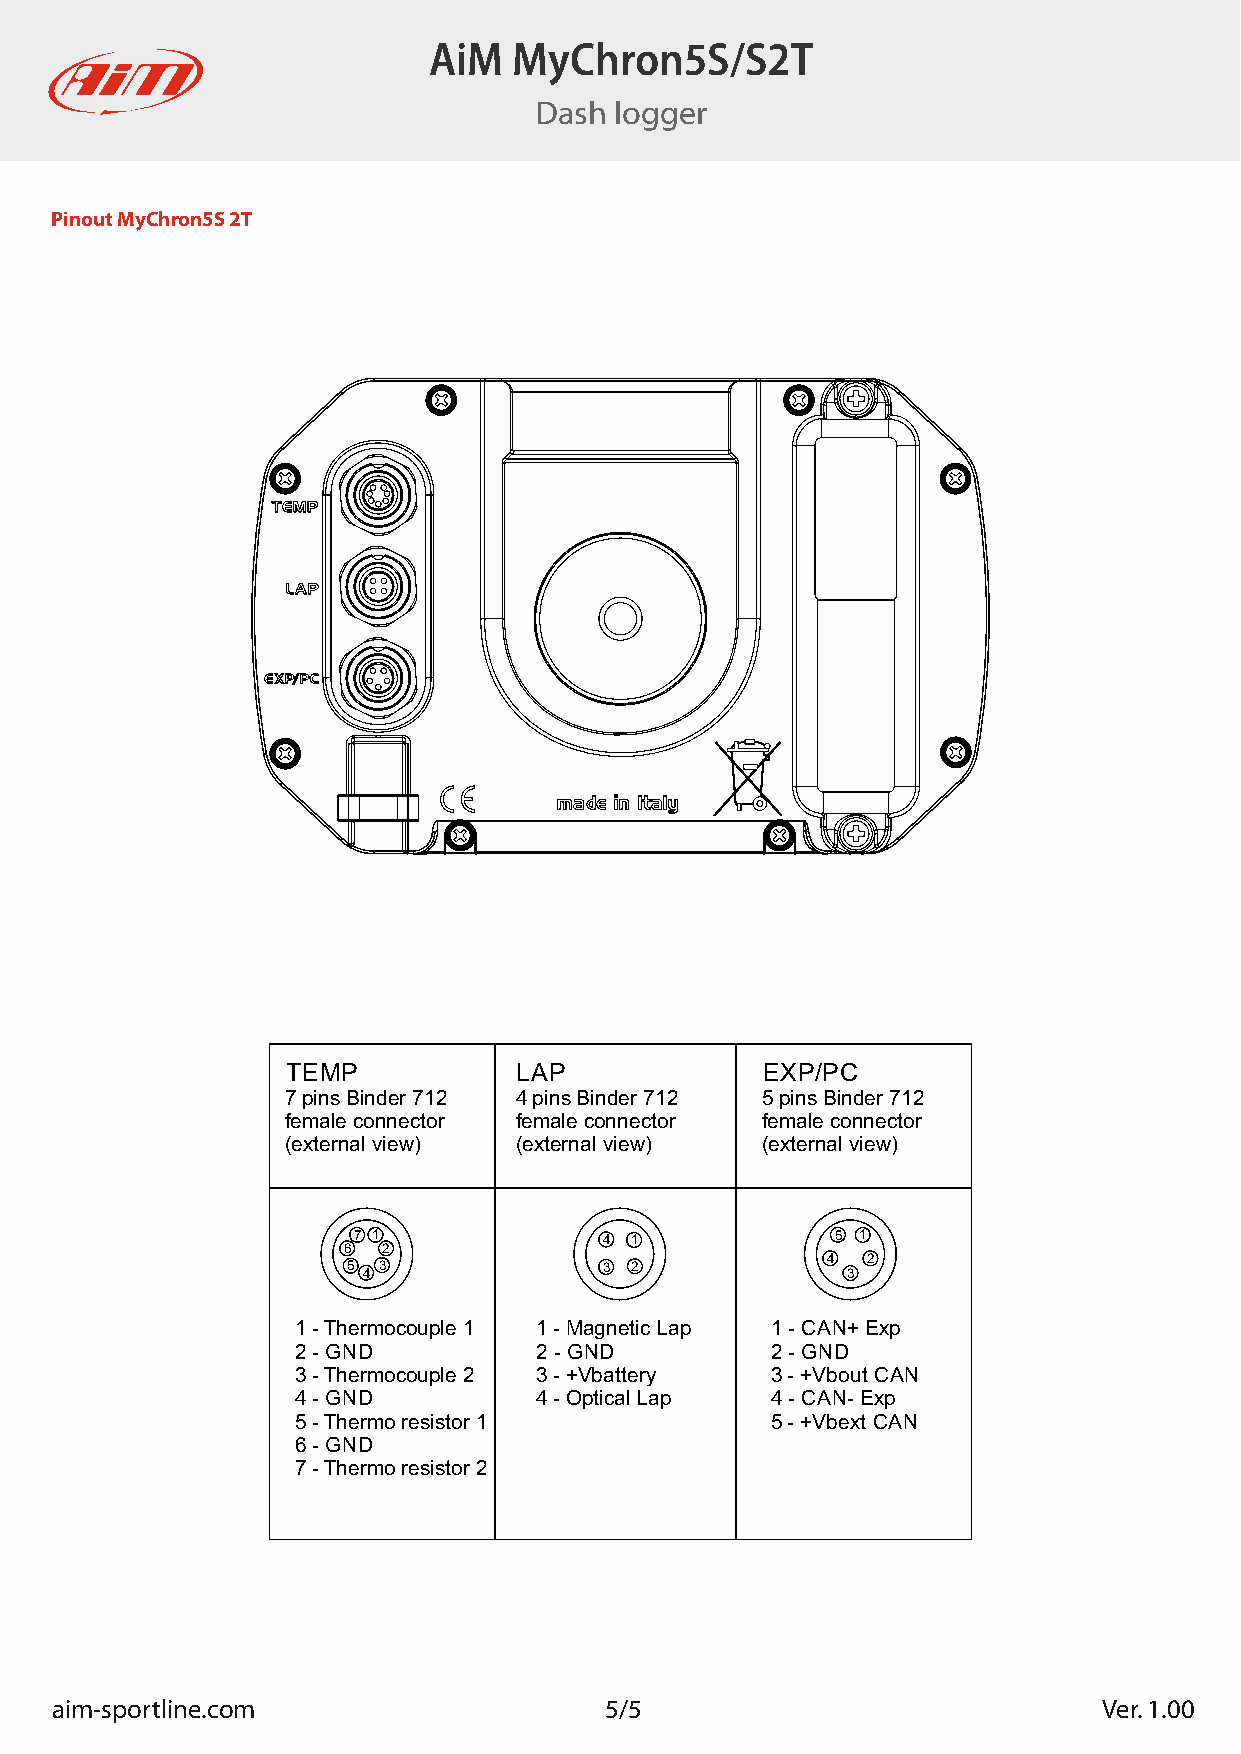
AiM   MyChron5S/S2T
 Dash  logger
 Pinout MyChron5S 2T
 TEMP           LAP             EXP/PC
 7 pins Binder 712 4 pins Binder 712 5 pins Binder 712
 female connector female connector female connector
 (external view) (external view) (external view)
 7 1              4 1            5 1
 6 2
 4 2
 5 4 3            3 2             3
 1 - Thermocouple 1 1 - Magnetic Lap 1 - CAN+ Exp
 2 - GND         2 - GND         2 - GND
 3 - Thermocouple 2 3 - +Vbattery 3 - +Vbout CAN
 4 - GND         4 - Optical Lap 4 - CAN- Exp
 5 - Thermo resistor 1           5 - +Vbext CAN
 6 - GND
 7 - Thermo resistor 2
 aim-sportline.com                    5/5                              Ver. 1.00